Leningradi_Edasi_toimetus, lk 194
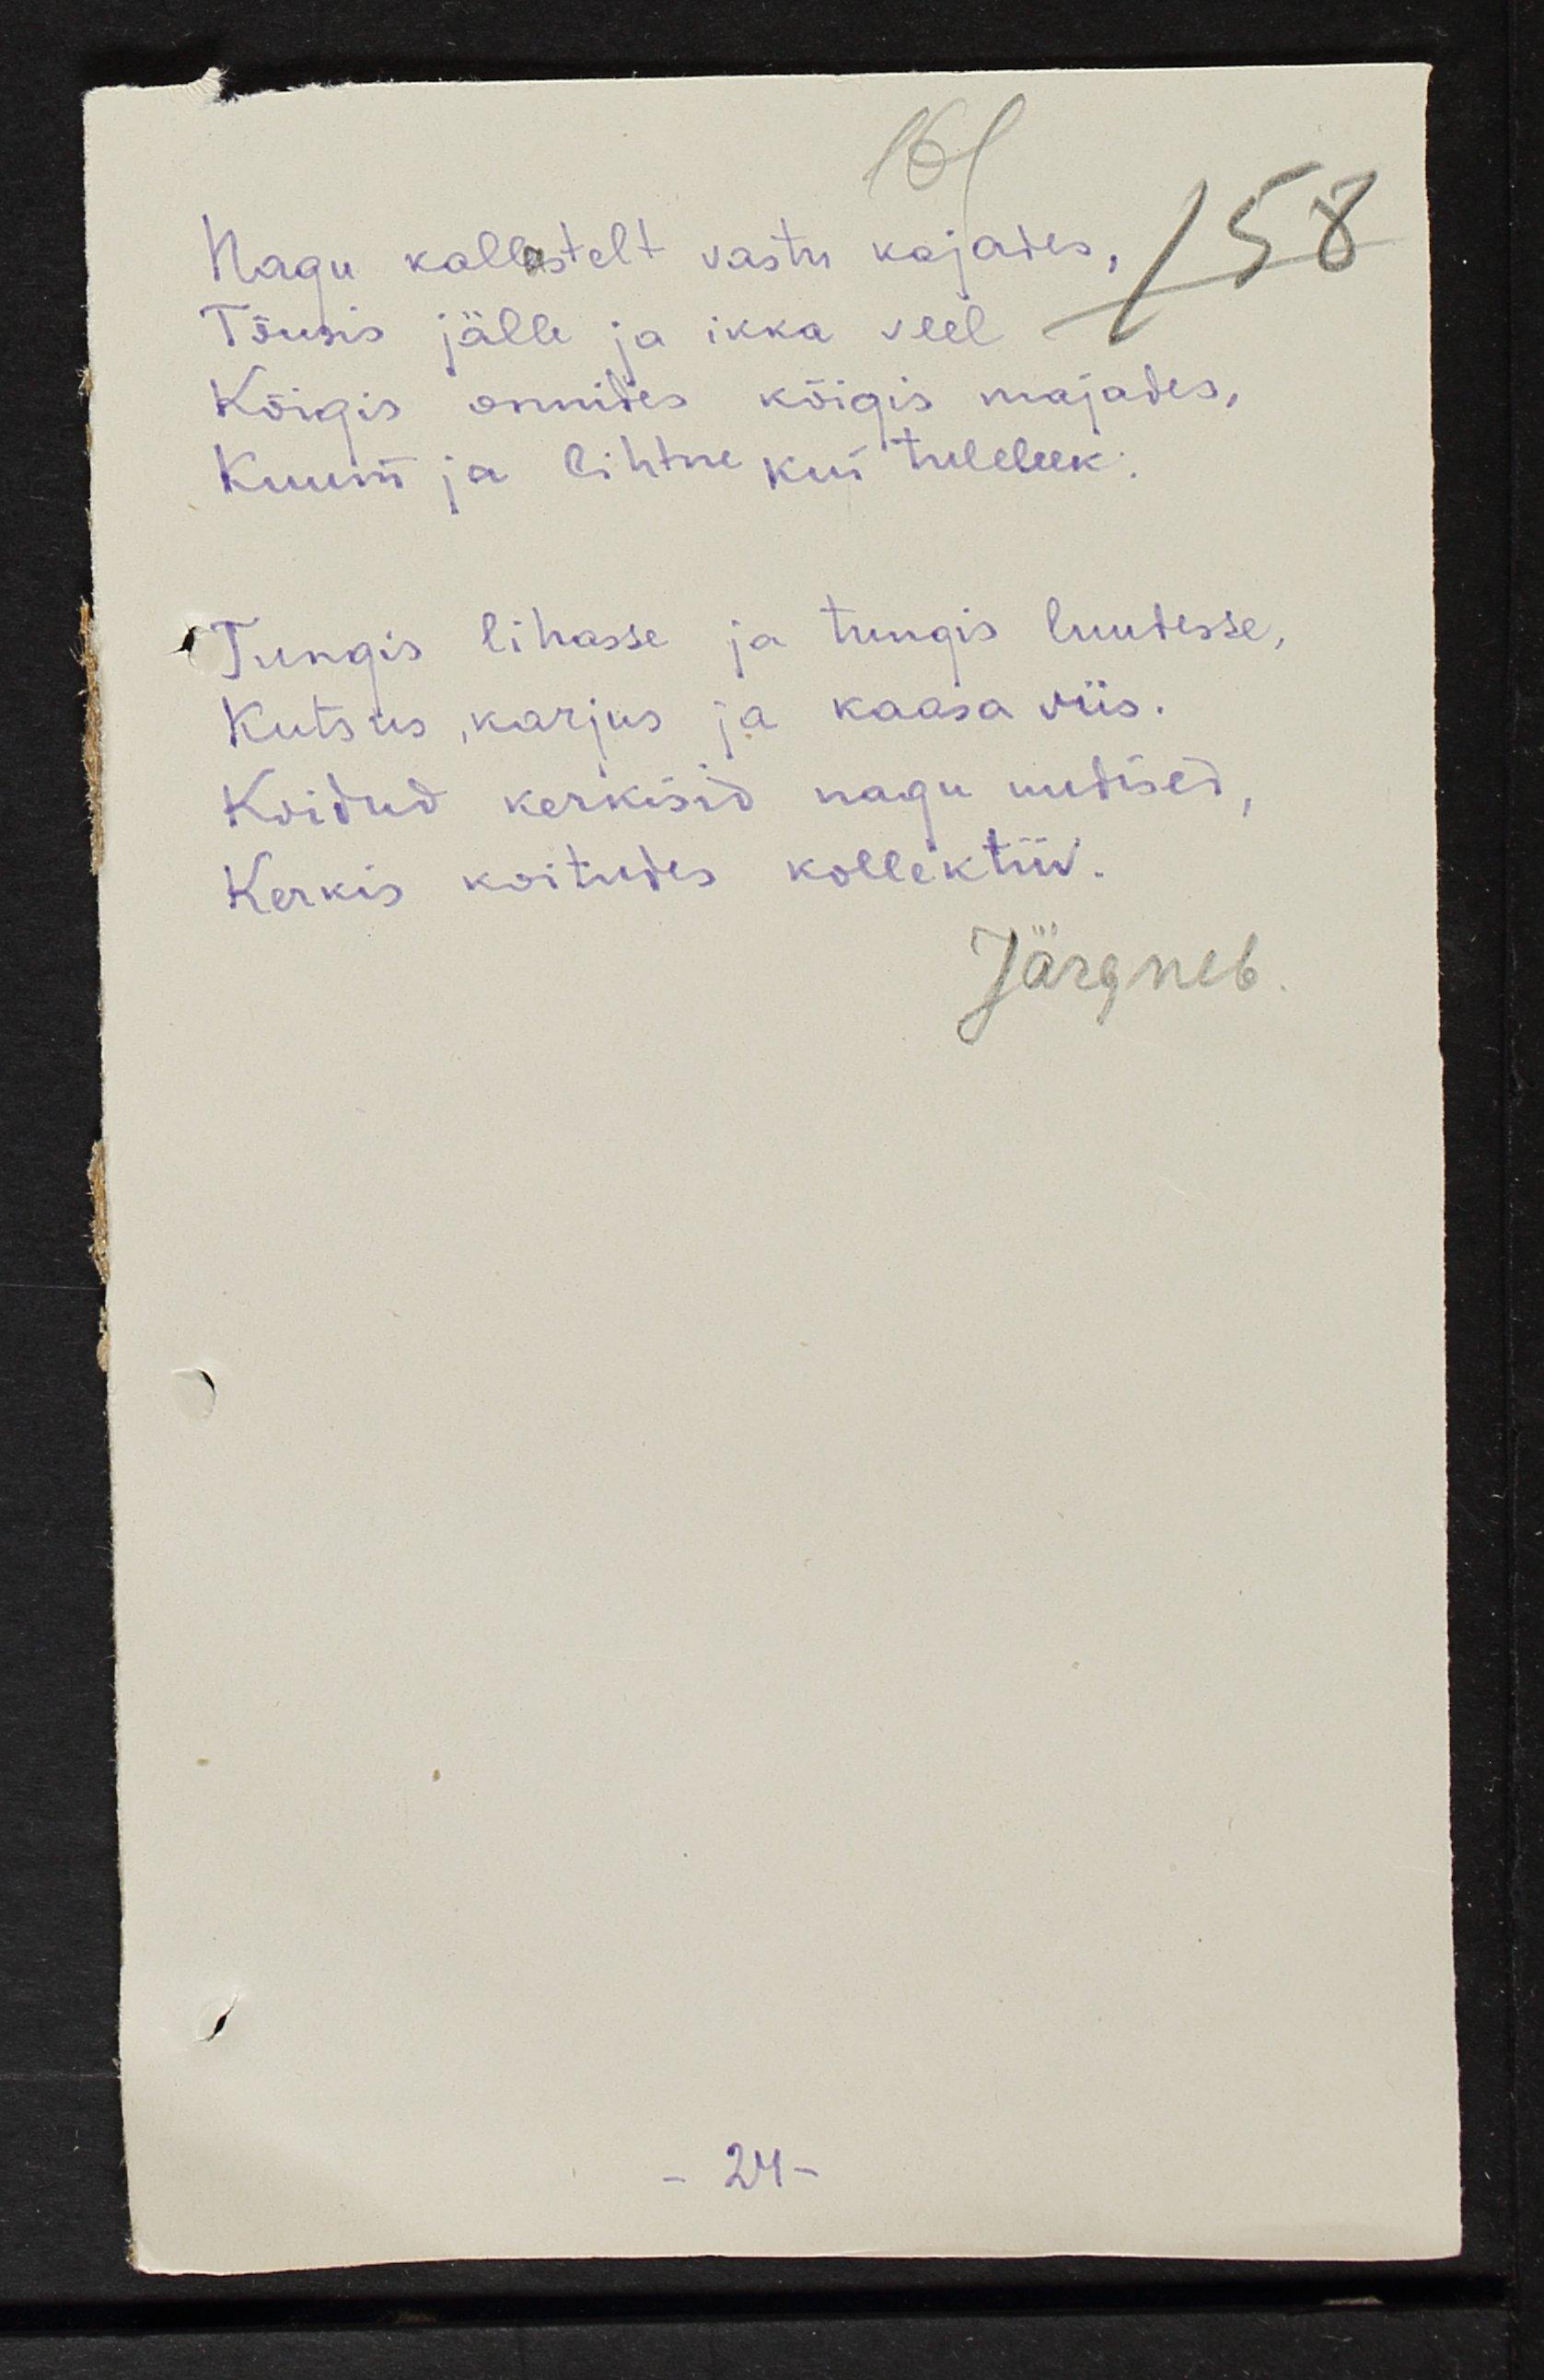
Nagu kallastelt vastu kajades,
Tõusis jälle ja ikka veel
Kõigis onnides kõigis majades,
Kuum ja lihtne kui tuleleek.
Tungis lihasse ja tungis luudesse
Kutsus, karjus ja kaasa viis.
Koidud kerkisid nagu mudised
Kerkis koitudes kollektiiv
Järgneb